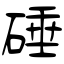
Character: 硾